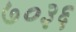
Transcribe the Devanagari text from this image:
७०३६